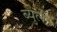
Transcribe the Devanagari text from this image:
ब्युले